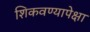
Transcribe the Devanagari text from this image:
शिकवण्यापेक्षा